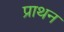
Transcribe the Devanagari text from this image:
प्राथन